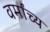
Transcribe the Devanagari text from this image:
वर्मांच्य